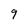
Character: 9